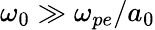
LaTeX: \omega_{0}\gg\omega_{pe}/a_{0}